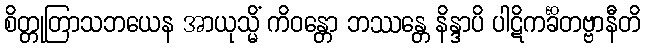
စိတ္တုတြာသဘယေန အာယုသ္မိံ ကိဝန္တော ဘဿန္တေ နိန္ဒာပိ ပါဋိကင်္ခိတဗ္ဗာနီတိ